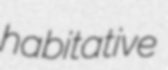
habitative